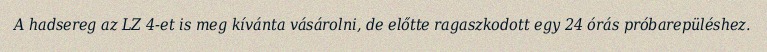
A hadsereg az LZ 4-et is meg kívánta vásárolni, de előtte ragaszkodott egy 24 órás próbarepüléshez.